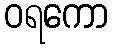
ဝရကော